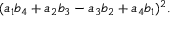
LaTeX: ( a _ { 1 } b _ { 4 } + a _ { 2 } b _ { 3 } - a _ { 3 } b _ { 2 } + a _ { 4 } b _ { 1 } ) ^ { 2 } .